Emmaste_vallavalitsus, lk 37
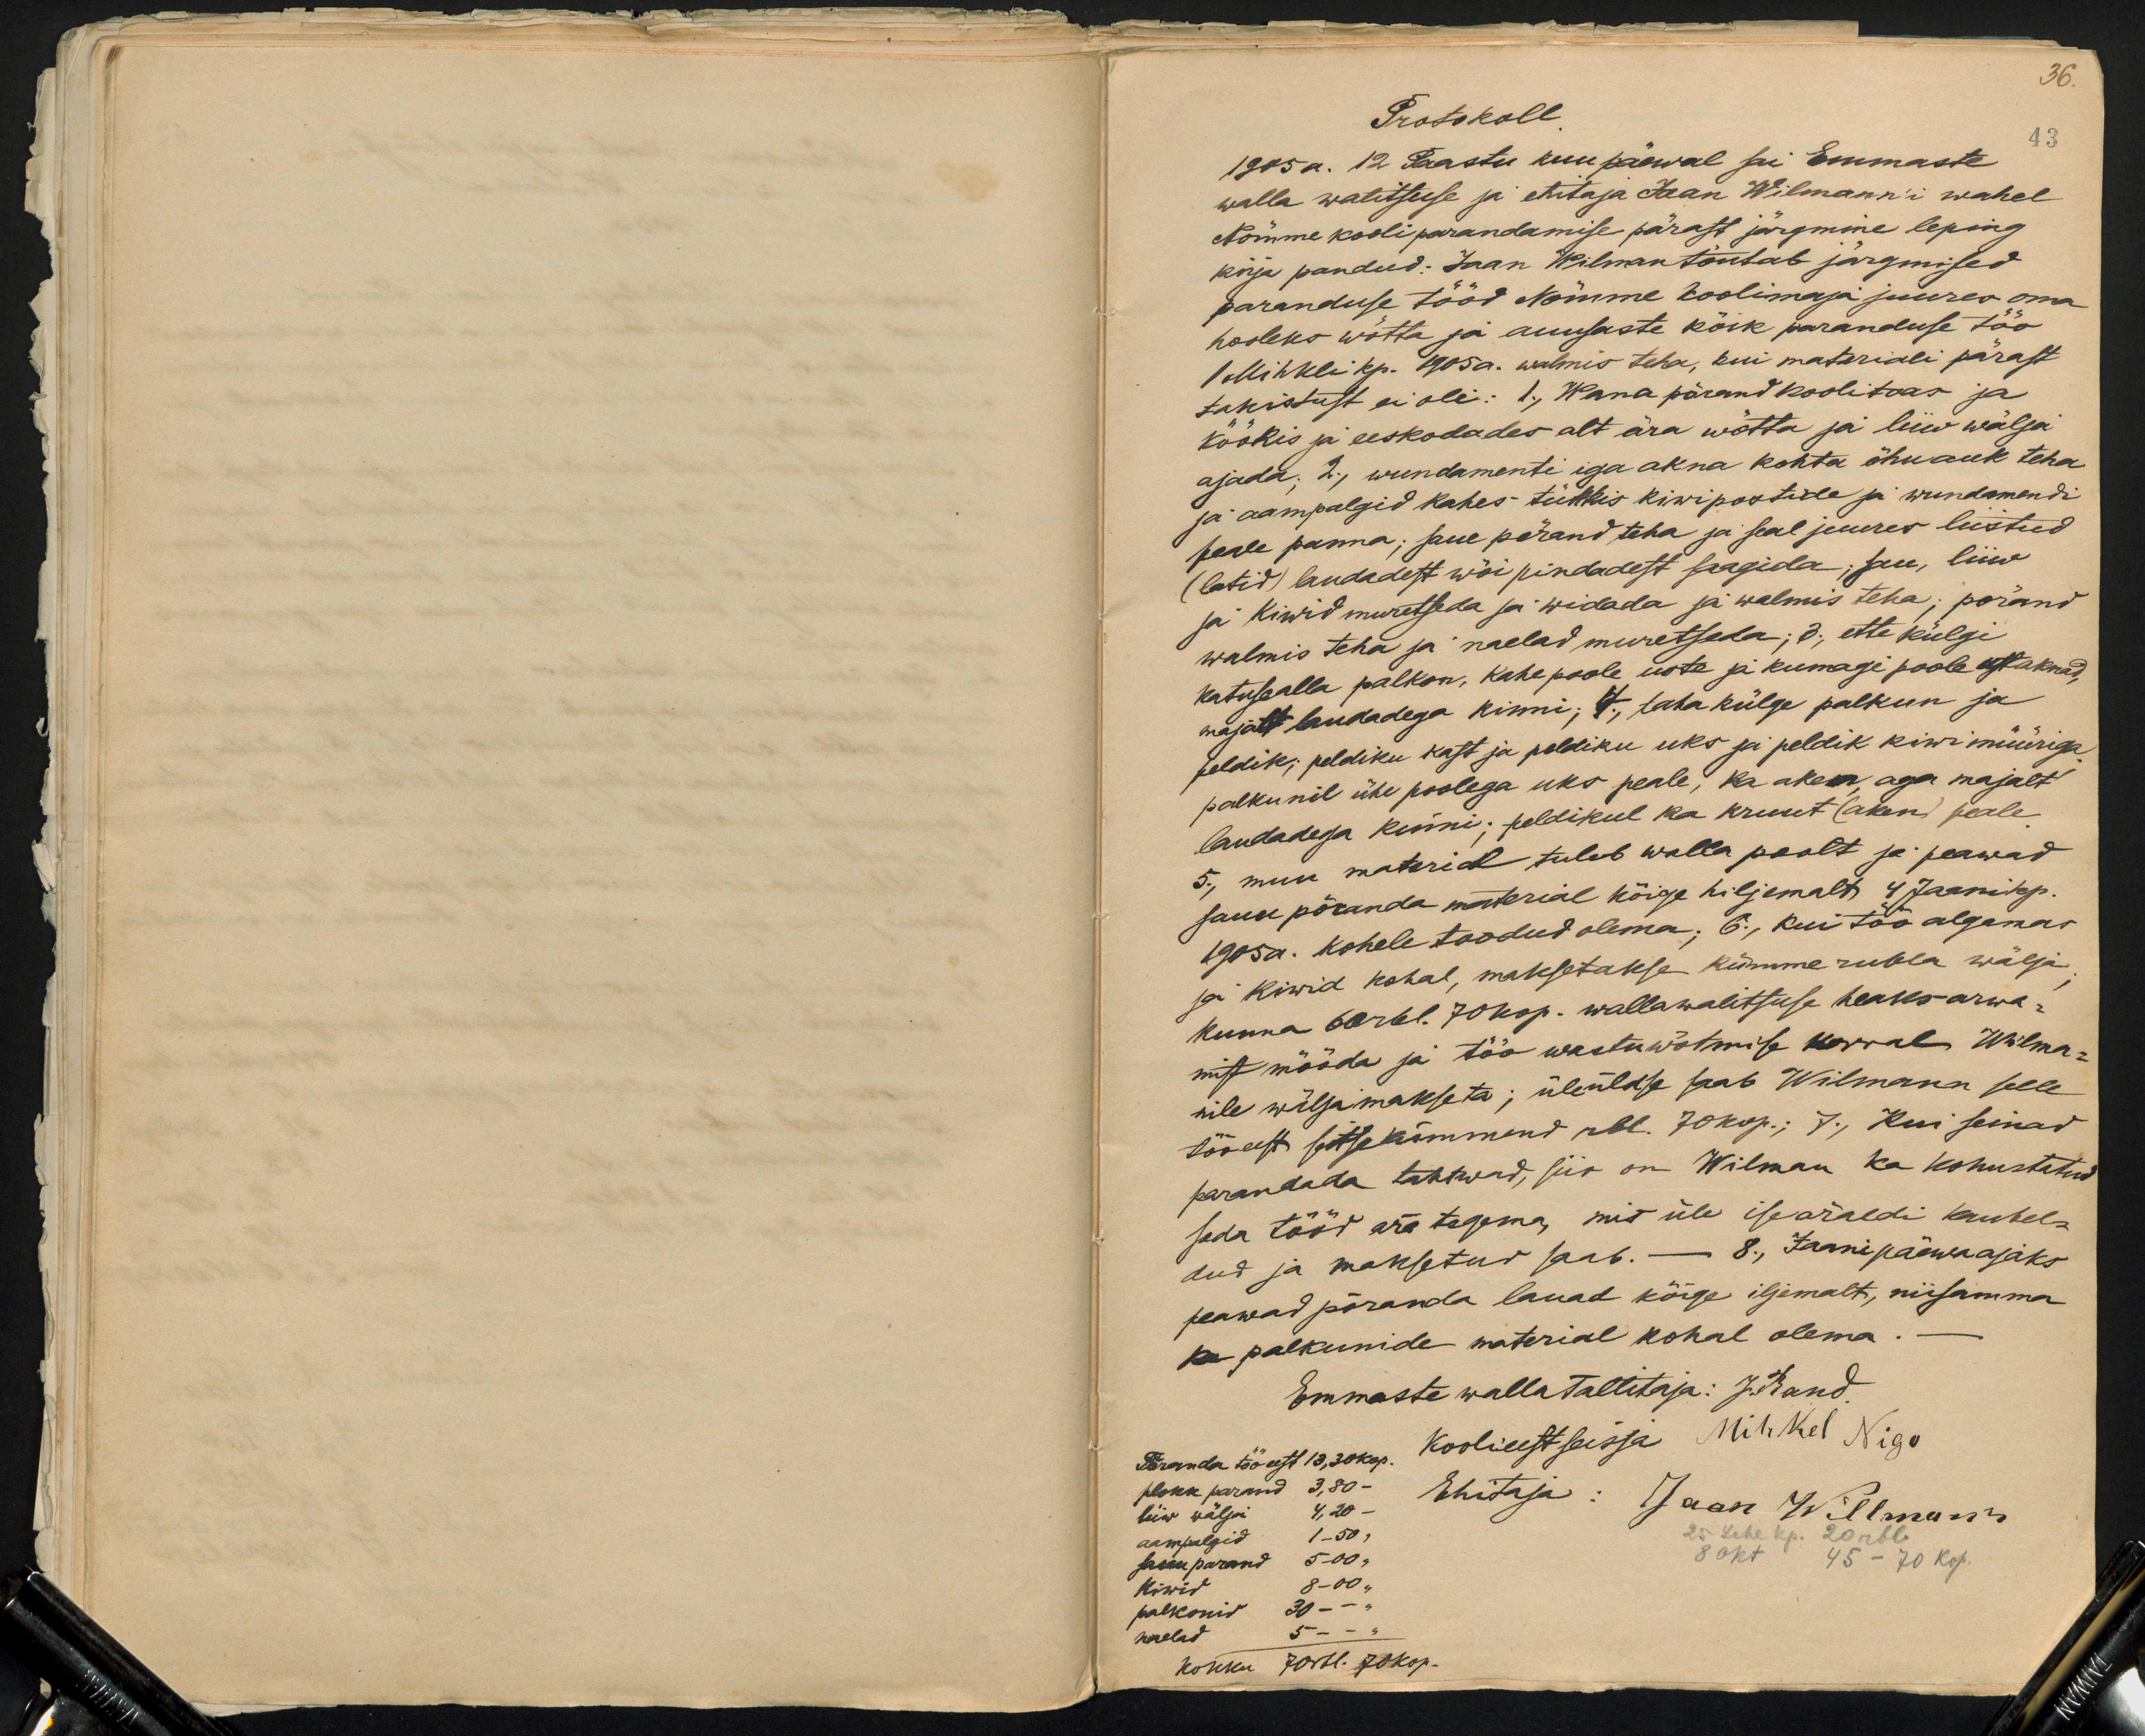
36.
Protokoll
43
1905 a. 12 Paastu kuupäewal sai Emmaste
walla walitsuse ja ehitaja Jaan Wilmann'i wahel
Nõmme kooli parandamise pärast järgmine leping
kirja pandud. Jaan Wilman tõutab järgmised
paranduse tööd Nõmme koolimaja juures oma
hooleks wõtta ja auusaste kõik paranduse töö
1 Mihkli kp. 1905 a. walmis teha, kui materiali pärast
takistust ei oli: 1., Wana põrand koolitoas ja
köökis ja eeskodades alt ära wõtta ja liiw wälja
ajada. 2., wundamenti iga akna kohta õhuauk teha
ja aampalgid kahes tükkis kiwipostide ja wundamendi
peale panna; saue põrand teha ja seal juures liistud
(latid) laudadest wõi pidadest saagida, sau, liiw
ja kiwid muretseda ja widada ja walmis teha; põrand
walmis teha ja naelad muretseda; d., ette külgi
katuse alla palkon, kahepoole uste ja kumagi poole ette aknad
majatt laudadega kinni; 4., taha külge palkun ja
peldik; peldiku kast ja peldiku uks ja peldik kiwi müüriga.
palkunil ühe poolega üks peale, ka aken aga majalt
laudadega kinni; peldikul ka kruut (aken) peale
5., muu material tuleb walla poolt ja peawad
saua põranda material kõige hiljemalt 4 Jaanikp.
1905 a. kohele toodud olema; 6., kui töö algamas
ja kiwid kohal, maksetakse kümme rubla wälja
kunna 60 rbl. 70 kop. wallawalitsuse heaks arwa,
mist mööda ja töö wastuwõtmise korral Wilma-
nile wäljamakseta; üleüldse saab Wilmann selle
töö eest seitsekümmend rbl. 70 kop.; 7., Kui seinad
parandada tahtwad, siis on Wilman ka kohustatud
seda tööd ära tegema, mis üle ise äraldi kaubel-
dud ja maksetud saab. - 8., Jaanipäewa ajaks
peawad põranda lauad kõige iljemalt, niisamma
ja palkunide material kohal olema.-
Emmaste walla tallitaja: J. Rand.
Koolieest seisja Mihkel Nigo
Põranda töö eest 13,30 kop.
plokk parand 3,80-
Ehitaja:
liiv wälja 4,20
Jaan Wilman
aampalgid 1-50,
25. Lehe kp. 20 rbl
saku parand 5-00 "
8 okt 45 - 70 kop.
Kiwid 8-00 "
palkonid 30 -
naelad 5-
kokku 70 rbl. 70 kop.